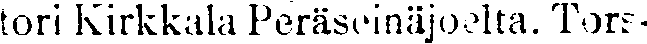
tori Kirkkala Peräseinäjoelta. Tors-